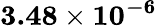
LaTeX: \mathbf{3.48\times 10^{-6}}